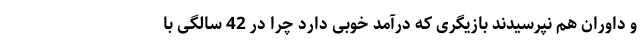
و داوران هم نپرسیدند بازیگری که درآمد خوبی دارد چرا در 42 سالگی با